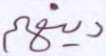
دينهم